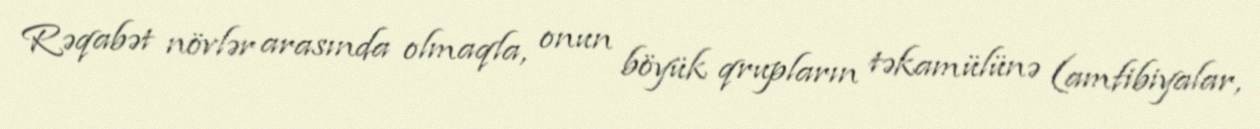
Rəqabət növlər arasında olmaqla, onun böyük qrupların təkamülünə (amfibiyalar,